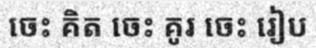
ចេះ គិត ចេះ គូរ ចេះ រៀប